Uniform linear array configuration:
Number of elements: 4
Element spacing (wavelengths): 0.5
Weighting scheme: kaiser
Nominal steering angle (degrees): -60
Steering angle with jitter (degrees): -61.114
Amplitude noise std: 0.05
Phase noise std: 0.05

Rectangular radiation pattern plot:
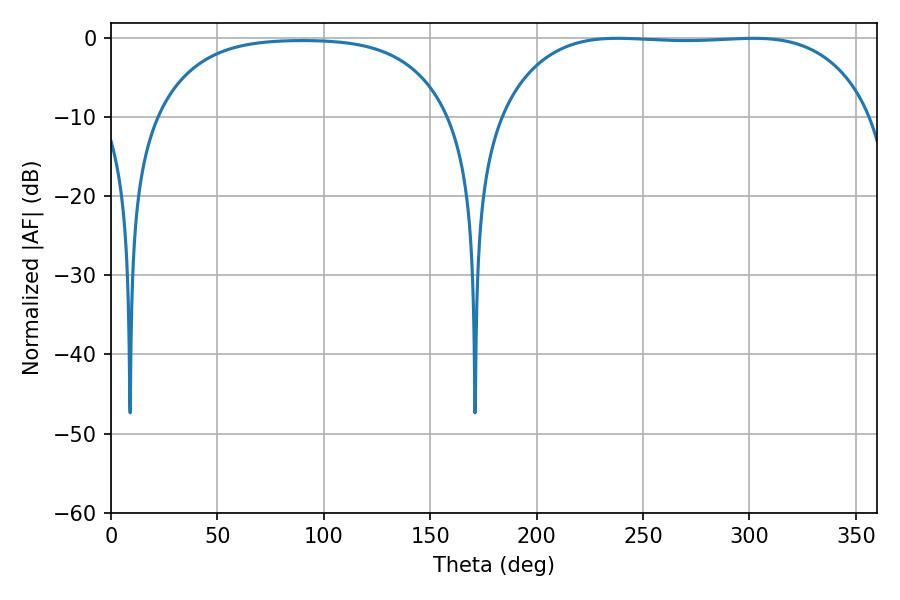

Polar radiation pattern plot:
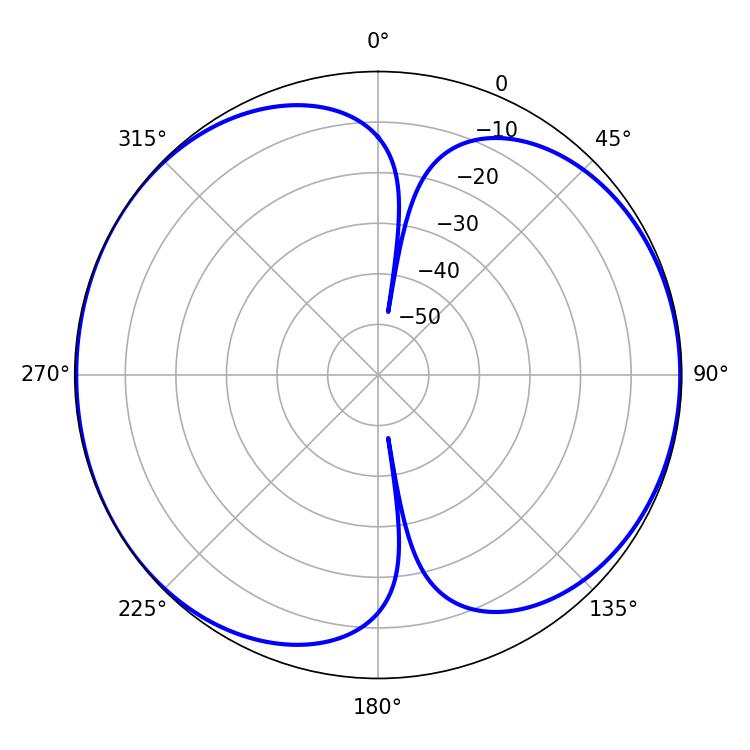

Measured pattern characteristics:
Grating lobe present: FALSE
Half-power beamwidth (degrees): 136.08
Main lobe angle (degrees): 238.14